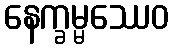
နေက္ခမ္မဿေဝ